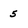
Character: 5